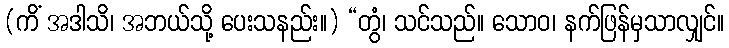
(ကိံ အဒါသိ၊ အဘယ်သို့ ပေးသနည်း။) “တွံ၊ သင်သည်။ သောဝ၊ နက်ဖြန်မှသာလျှင်။